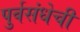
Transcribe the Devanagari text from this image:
पुर्वसंधेची